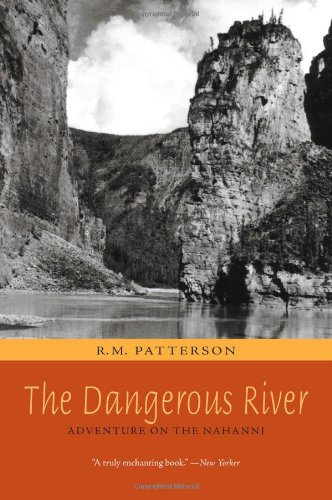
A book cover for The Dangerous River: Adventure on the Nahanni; R.M. Patterson; Biographies & Memoirs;